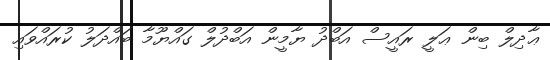
ޢާދިލް ބިން ޢަލީ ރައީސް އަބްދު ޔާމީން އަބްދުލް ގައްޔޫމާ ބައްދަލު ކުރައްވައި